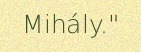
Mihály."